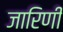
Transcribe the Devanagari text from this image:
जारिणी